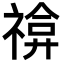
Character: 𥚫